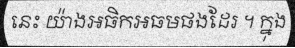
នេះ យ៉ាងអធិកអធមផងដែរ ។ ក្នុង